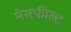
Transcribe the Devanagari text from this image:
मेसफील्ट